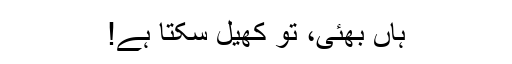
ہاں بھئی، تو کھیل سکتا ہے!